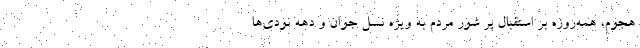
هجوم، همه‌روزه بر استقبال پر شور مردم به ویژه نسل جوان و دهه نودی‌ها